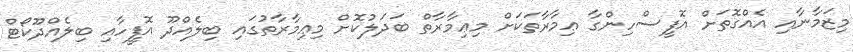
މިޒަމާނާއި އެއްގޮތަށް އޮފީސްހިންގާ ޢިމާރާތަކަށް މިޢިމާރާތް ބަދަލުކޮށް މިޢިމާރާތުގައި ބިލެއްދޫ އޮފީހާއި ބިލެއްދޫކޯޓް